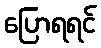
ပြောရရင်